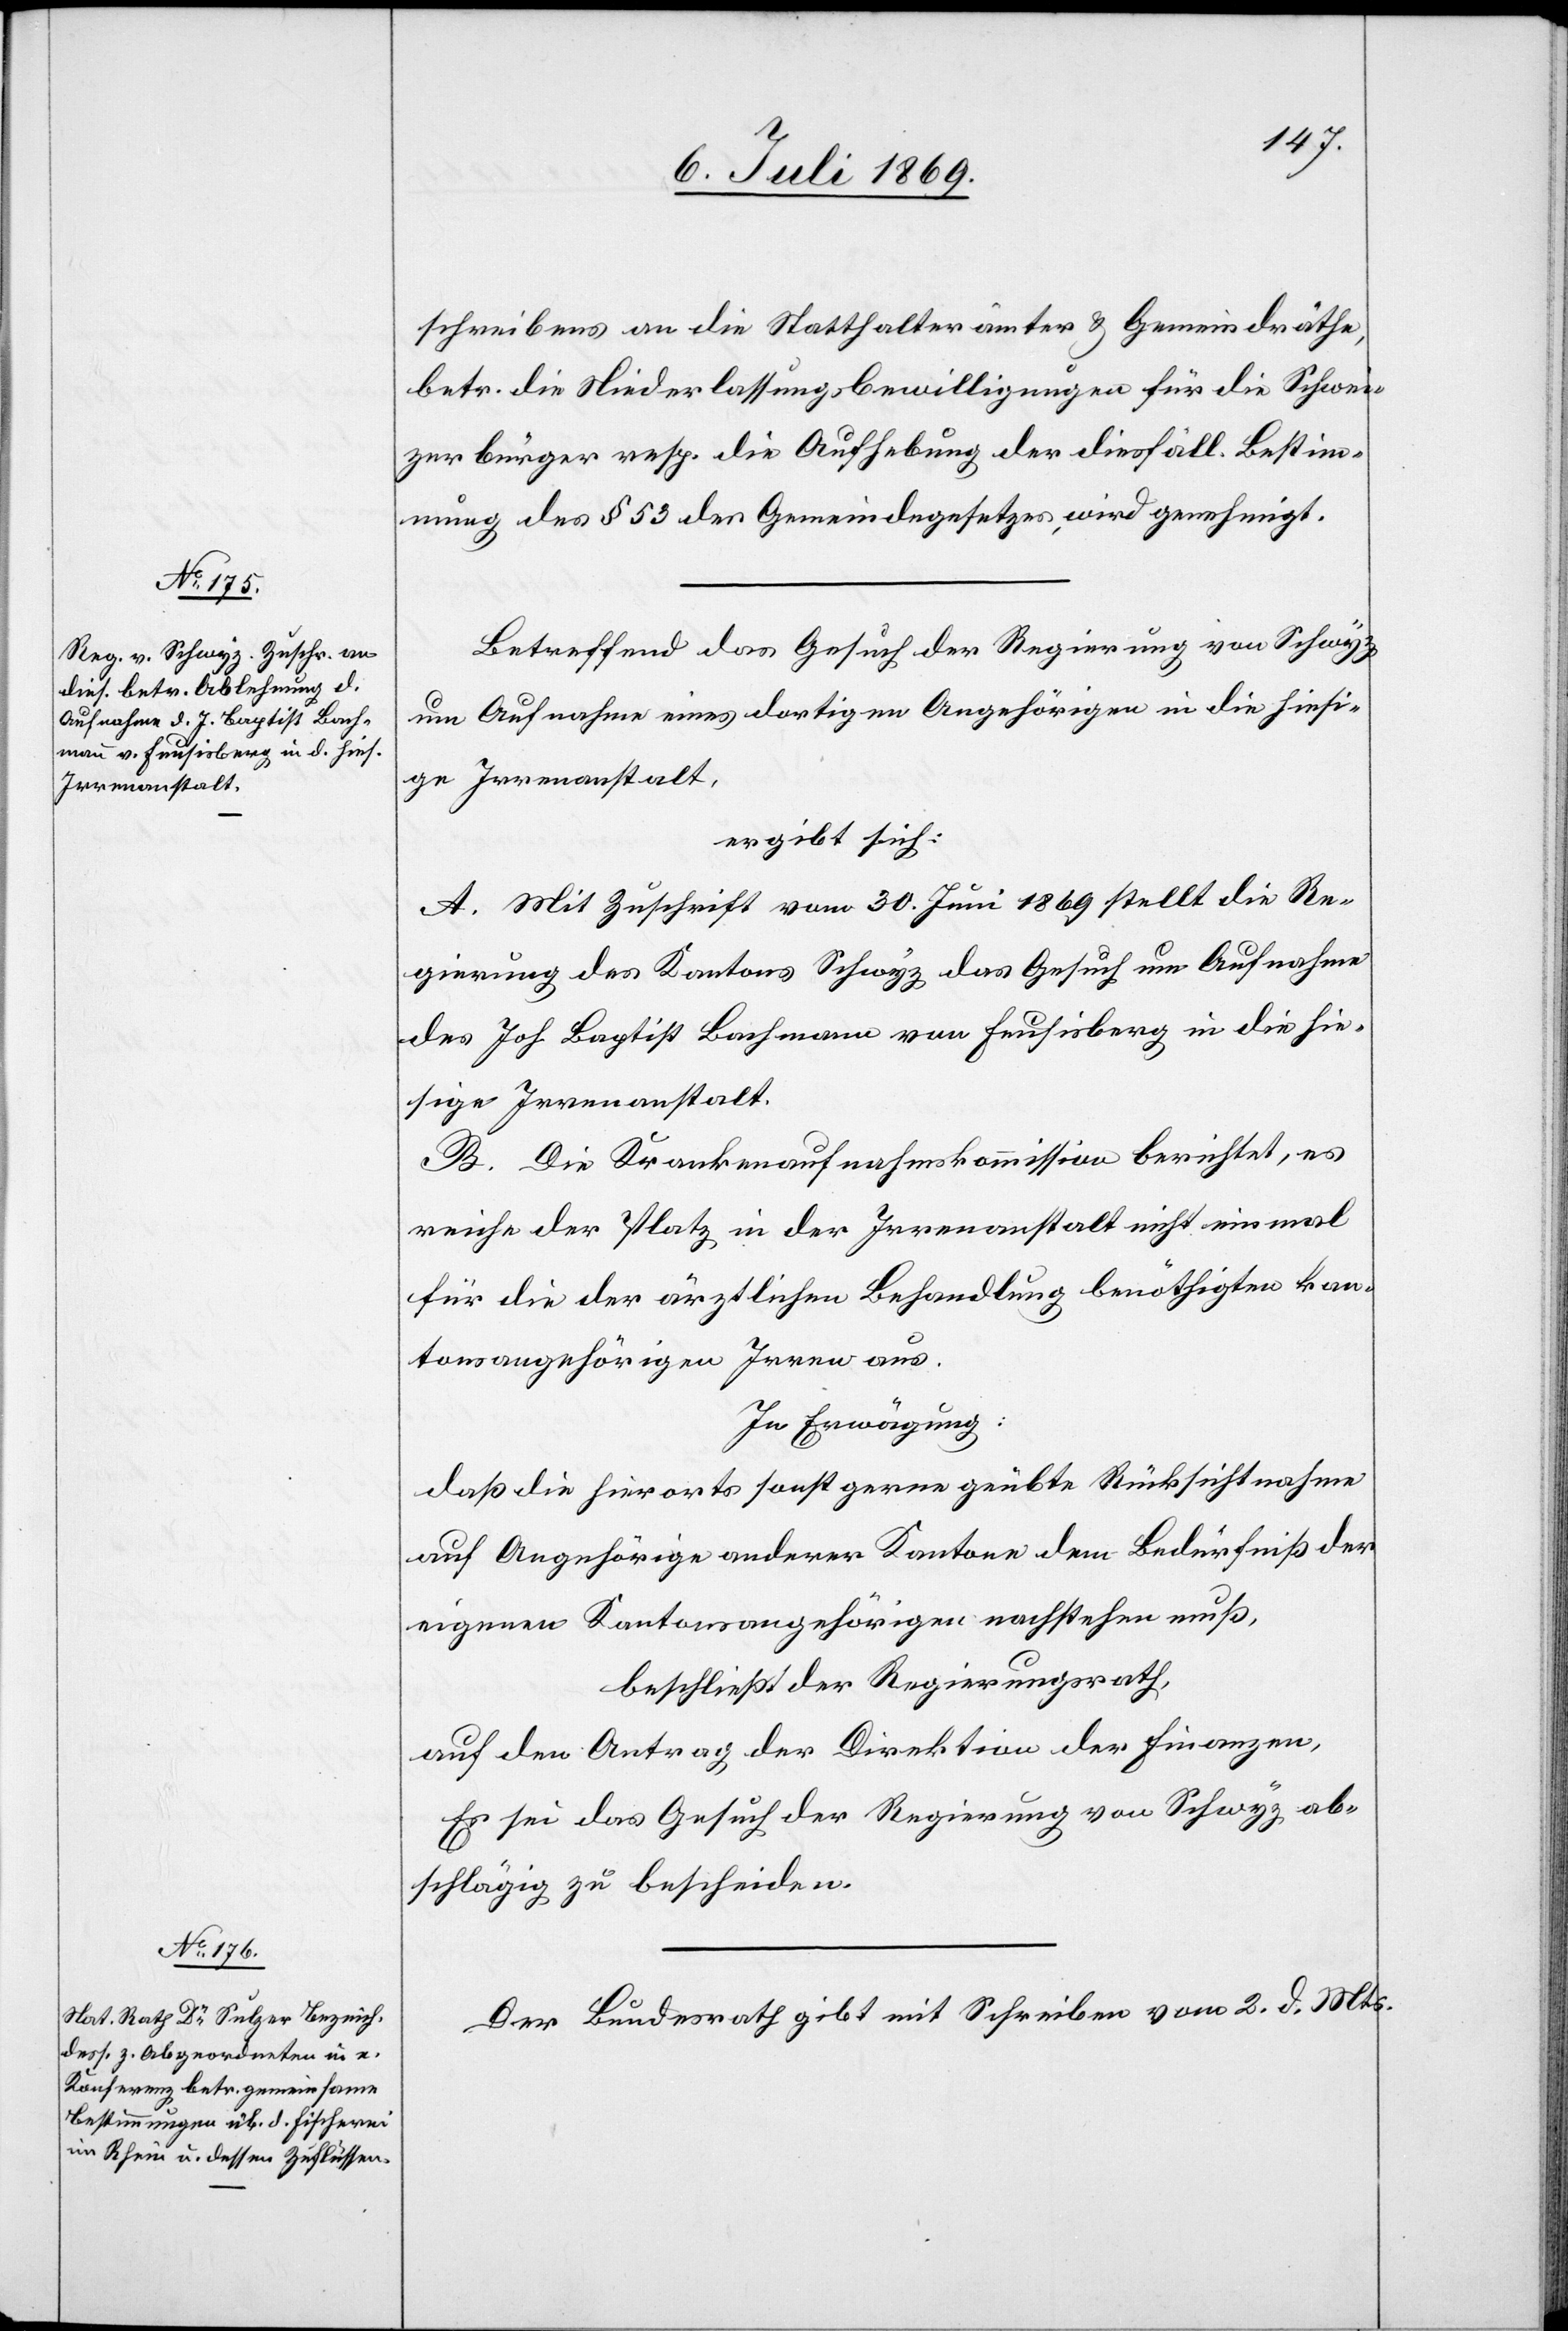
schreibens an die Statthalterämter u. Gemeindräthe,
betr. die Niederlaßungsbewilligungen für die Schwei¬
zerbürger resp. die Aufhebung der diesfällig. Bestim¬
mung des § 53 des Gemeindegesetzes wird genehmigt.
Betreffend das Gesuch der Regierung von Schwyz
um Aufnahme eines dortigen Angehörigen in die hiesi¬
ge Irrenanstalt,
ergibt sich:
A. Mit Zuschrift vom 30 Juni 1869 stellt die Re¬
gierung des Kantons Schwyz das Gesuch um Aufnahme
des Joh. Baptist Bachmann von Feusisberg in die hie¬
sige Irrenanstalt.
B. Die Krankenaufnahmskommission berichtet, es
reiche der Platz in der Irrenanstalt nicht einmal
für die der ärztlichen Behandlung benöthigten kan¬
tonsangehörigen Irren aus.
In Erwägung:
daß die hierorts sonst gerne geübte Rücksichtnahme
auf Angehörige anderer Kantone dem Bedürfniß der
eigenen Kantonsangehörigen nachstehen muß,
beschließt der Regierungsrath,
auf den Antrag der Direktion der Finanzen,
Es sei das Gesuch der Regierung von Schwyz ab¬
schlägig zu bescheiden.
Der Bundesrath gibt mit Schreiben vom 2 d. Mts.